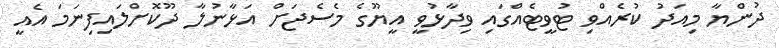
ދުންޔާ މިއަދު ކުރެއްވި ޓުވީޓެއްގައި ވިދާޅުވީ އީޔޫގެ މެސެޖަށް އަޅާނުލާ ދޫކޮށްލައިފިނަމަ އެއީ